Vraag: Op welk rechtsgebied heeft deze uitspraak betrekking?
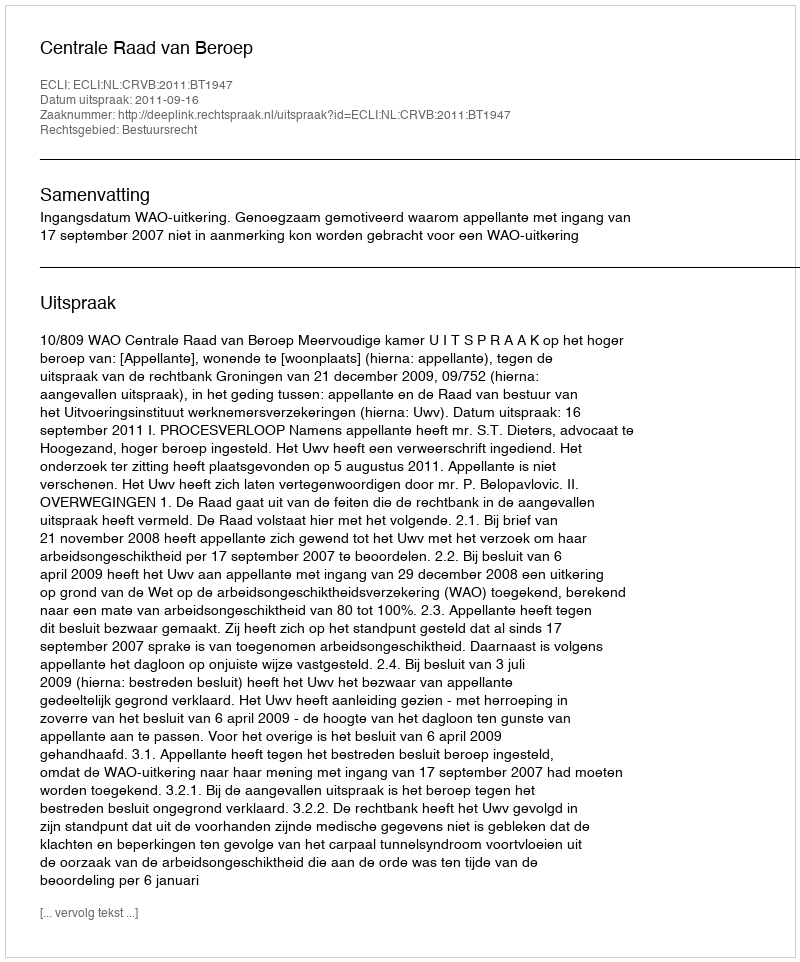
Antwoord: Bestuursrecht